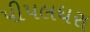
પીપલધરા